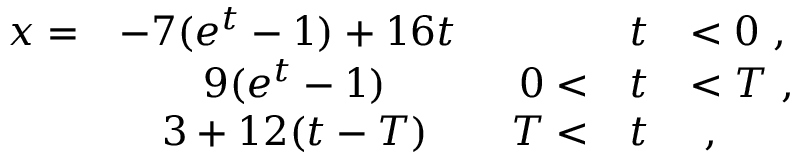
\begin{array} { r c r c l } { { x = } } & { { - 7 ( e ^ { t } - 1 ) + 1 6 t \mathrm { ~ } } } & { { } } & { { t } } & { { < 0 \ , } } \\ { { } } & { { 9 ( e ^ { t } - 1 ) } } & { { 0 < } } & { { t } } & { { < T \ , } } \\ { { } } & { { 3 + 1 2 ( t - T ) } } & { { T < } } & { { t } } & { { \ , } } \end{array}